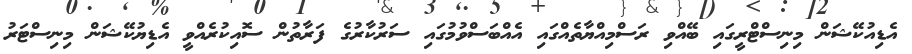
އެޑިއުކޭޝަން މިނިސްޓްރީގައި ބޭއްވި ރަސްމިއްޔާތެއްގައި އެއްބަސްވުމުގައި ސަރުކާރުގެ ފަރާތުން ސޮއިކުރެއްވީ އެޑިޔުކޭޝަން މިނިސްޓަރު